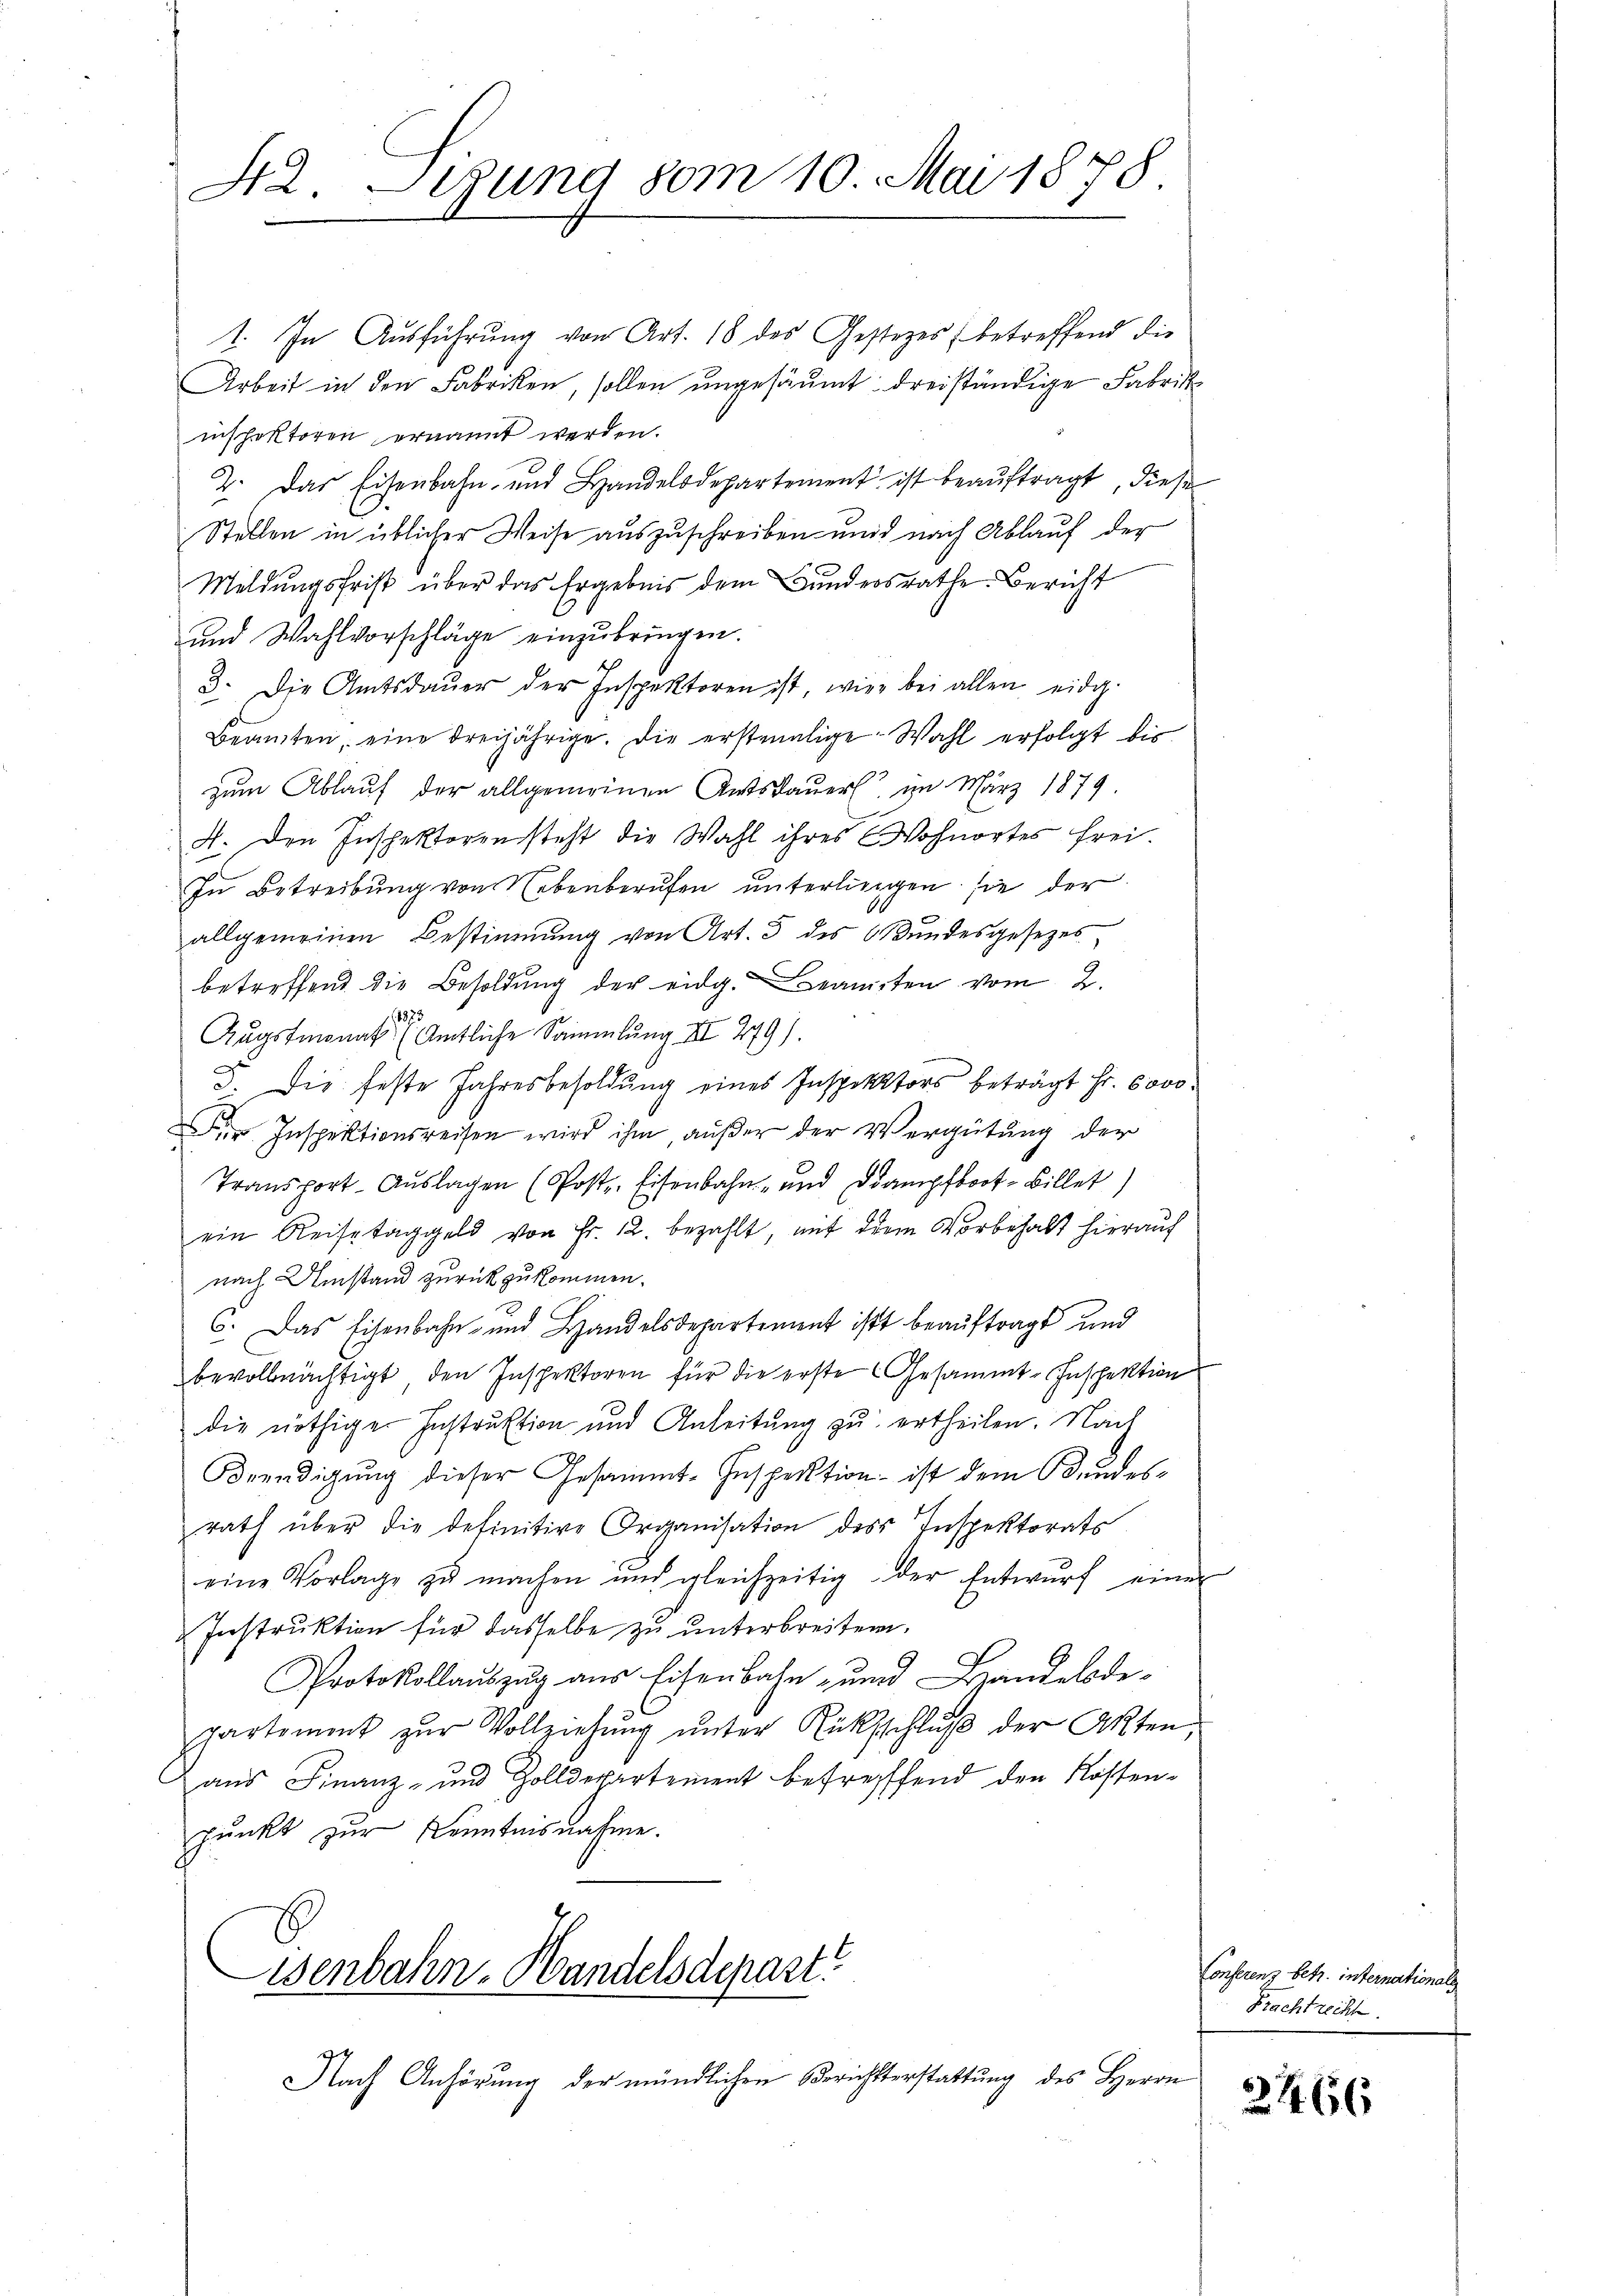
42. Segung vom 10. Mai 1878.

1. In Ausführung von Art. 18 des Gestezes betreffend die
Arbeit in den Fabriken, sollen ungesäumt dreiständige Fabrik
inspektoren ernannt werden.
2. Das Eisenbahn- und Handelsdepartement ist beauftragt, diese
Stellen in üblicher Weise auszuschreiben und nach Ablauf der
Meldungsfrist über das Ergebnis dem Bundesrathe Bericht
und Wahlvorschläge einzubringen.
3. Die Amtsdaŭer der Inspektoren ist, wie bei allen eidg.
Beamten, eine dreijährige. Die erstmalige Wahl erfolgt bis
zum Ablauf der allgemeinen Amtsdauer im März 1879
4. den Inspektoren steht die Wahl ihres Wohnortes frei.
In Betreibung von Nebenberufen unterliegen sie der
allgemeinen Bestimmung von Art. 3 des Bŭndesgesetzes,
betreffend die Besoldung der eidg. Beamten vom 2.
Augstmonates Amtliche Sammlung III 279).
F. Die feste Jahresbesoldung eines Inspektors beträgt Fr. 6000.
Der Inspektionsreisen wird ihm, außer der Vergütung der
Transport- Aŭslagen (Post-Eisenbahn- und Dampfboot-Billet
ein Reisetaggeld von Fr. 12. bezahlt, mit dem Vorbehalt hieraŭf
nach Umstand zurückzukommen.
6. Das Eisenbahn- und Handelsdepartement ist beauftragt und
bevollmächtigt, den Inspektoren für die erste Gesammt-Inspektion
die nöthiger Instruktion und Anleitŭng zŭ ertheilen. Nach
Beendigung dieser Gesammt-Inspektion ist dem Bundesrath über die definitive Organisation des Inspektorats
eine Vorlage zŭ machen und gleichzeitig der Entwŭrf einer
Instruktion für dasselbe zu unterbreiten.
Protokollauszug aus Eisenbahn- und Handelsdepartement zur Vollziehung unter Rüksschluß der Akten,
aus Finanz- und Zolldepartement betreffend den Rossen-
punkt zur Kenntnisnahme.
Wenbahn-Handelsdepart
ge
Nach Anhörung der mündlichen Berichtserstattung des Herrn

e

Conserenz betr. internationals
Prachtrecht.

21466